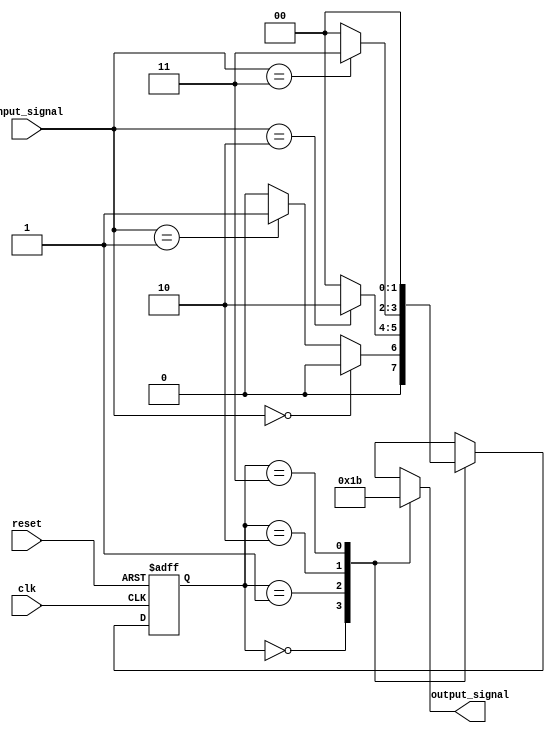
module parameterized_state_machine #(
    parameter NUM_STATES = 4,          // Number of states
    parameter INPUT_WIDTH = 2,          // Input signal width
    parameter OUTPUT_WIDTH = 2           // Output signal width
)(
    input wire clk,                     // Clock signal
    input wire reset,                   // Asynchronous reset
    input wire [INPUT_WIDTH-1:0] input_signal,  // Input signals
    output reg [OUTPUT_WIDTH-1:0] output_signal // Output signals
);

    // State encoding using localparams
    localparam [1:0] STATE_0 = 2'b00,
                     STATE_1 = 2'b01,
                     STATE_2 = 2'b10,
                     STATE_3 = 2'b11;

    // State variable
    reg [1:0] current_state, next_state;

    // State transition logic
    always @(*) begin
        case (current_state)
            STATE_0: begin
                if (input_signal == 2'b00)
                    next_state = STATE_0;
                else if (input_signal == 2'b01)
                    next_state = STATE_1;
                else
                    next_state = STATE_0;
            end

            STATE_1: begin
                if (input_signal == 2'b10)
                    next_state = STATE_2;
                else
                    next_state = STATE_0;
            end

            STATE_2: begin
                if (input_signal == 2'b11)
                    next_state = STATE_3;
                else
                    next_state = STATE_0;
            end

            STATE_3: begin
                next_state = STATE_0; // Return to STATE_0
            end

            default: next_state = STATE_0; // Default case
        endcase
    end

    // Output logic
    always @(*) begin
        case (current_state)
            STATE_0: output_signal = 2'b00;
            STATE_1: output_signal = 2'b01;
            STATE_2: output_signal = 2'b10;
            STATE_3: output_signal = 2'b11;
            default: output_signal = 2'b00; // Default case
        endcase
    end

    // State update logic
    always @(posedge clk or posedge reset) begin
        if (reset)
            current_state <= STATE_0; // Reset to initial state
        else
            current_state <= next_state; // Update to next state
    end

endmodule